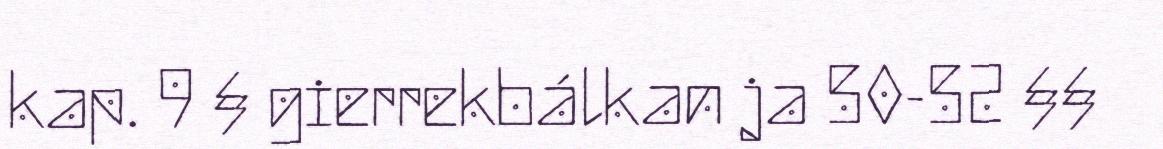
kap. 9 § gierrekbálkan ja 50-52 §§